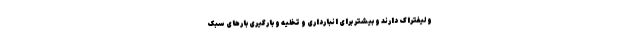
و لیفتراک دارند و بیشتر برای انبارداری و تخلیه و بارگیری بارهای سبک